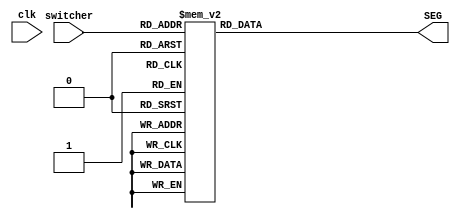
`timescale 1ns / 1ps

module LED(
    input clk,
    input [3:0] switcher,
    output reg [7:0] SEG
);

always@ (clk) begin
    case(switcher)
        4'h0: SEG <= 8'b11000000;
        4'h1: SEG <= 8'b11111001;
        4'h2: SEG <= 8'b10100100;
        4'h3: SEG <= 8'b10110000;
        4'h4: SEG <= 8'b10011001;
        4'h5: SEG <= 8'b10010010;
        4'h6: SEG <= 8'b10000010;
        4'h7: SEG <= 8'b11111000;
        4'h8: SEG <= 8'b10000000;
        4'h9: SEG <= 8'b10010000;
        4'ha: SEG <= 8'b10001000;
        4'hb: SEG <= 8'b10000011;
        4'hc: SEG <= 8'b11000110;
        4'hd: SEG <= 8'b10100001;
        4'he: SEG <= 8'b10000110;
        4'hf: SEG <= 8'b10001110;
        default: SEG <= 8'b11111111;
    endcase
end

endmodule